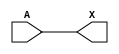
module sky130_fd_sc_ms__dlymetal6s4s_2 (
    X,
    A
);
    output X;
    input  A;
    wire buf0_out_X;
    buf buf0 (buf0_out_X, A              );
    buf buf1 (X         , buf0_out_X     );
endmodule